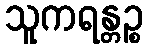
သူကရန္တဉ္စ